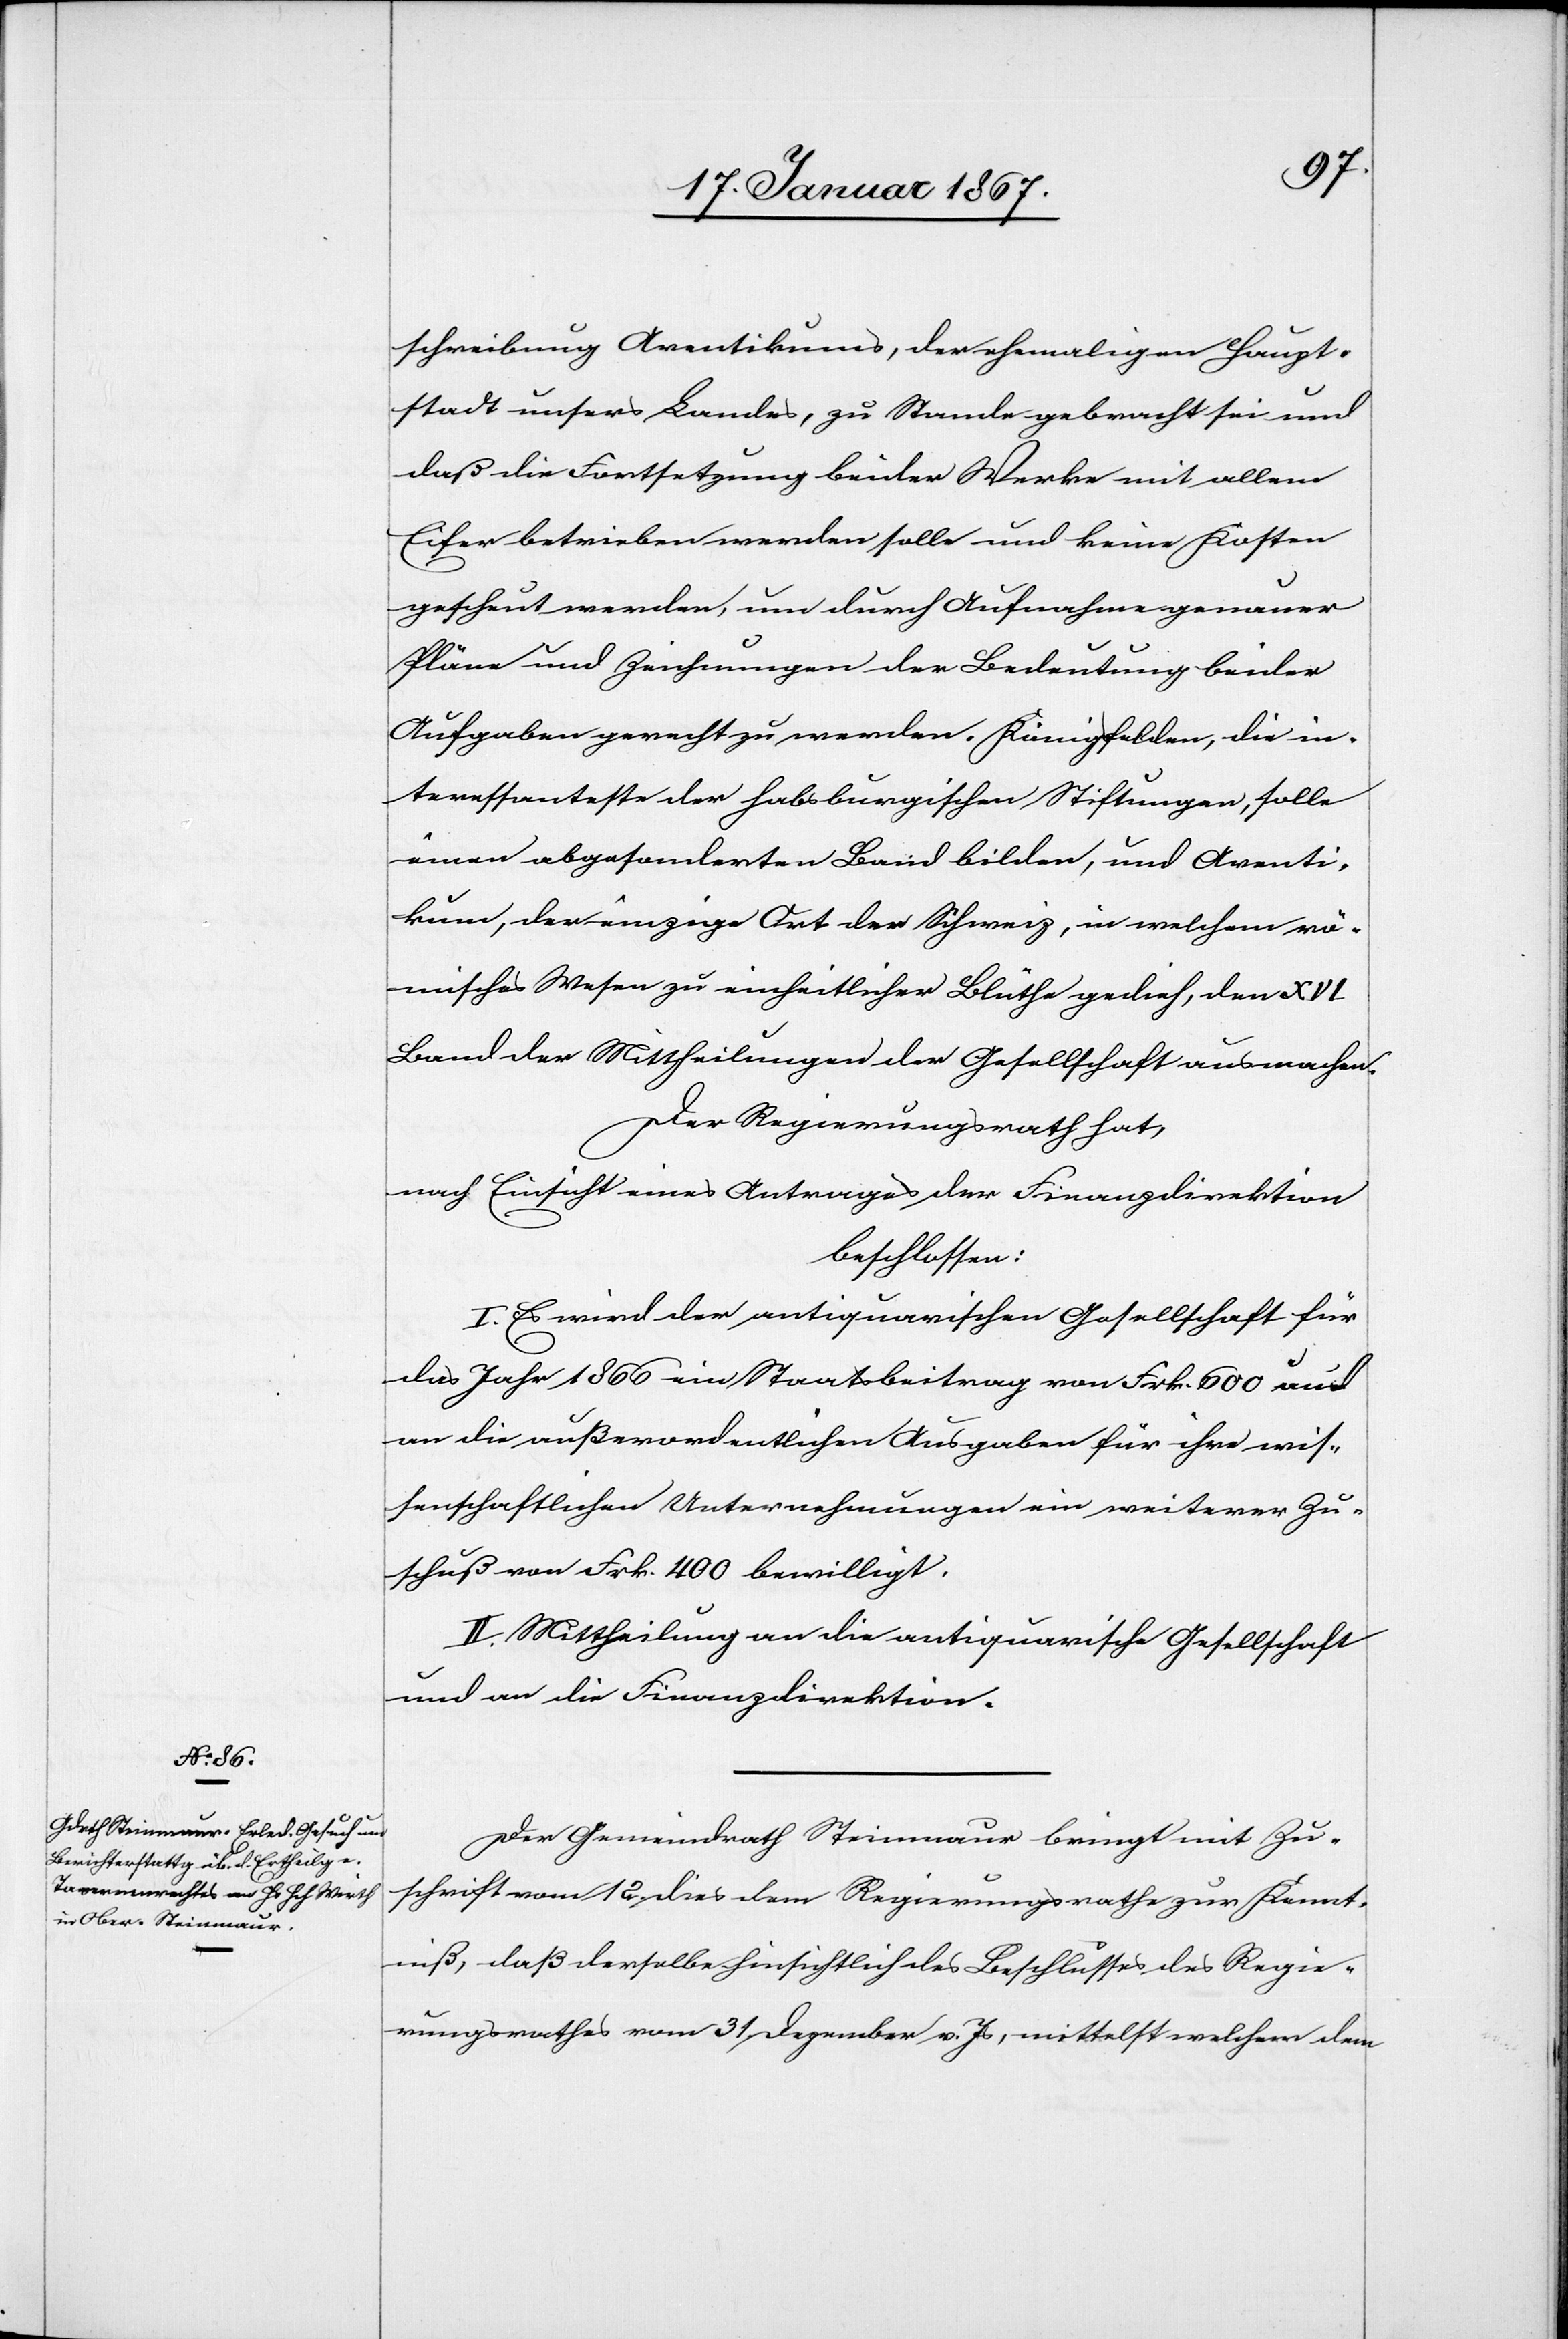
schreibung Aventikums, der ehemalgien Haupt¬
stadt unsers Landes, zu Stande gebracht sei und
daß die Fortsetzung beider Werke mit allem
Eifer betrieben werden solle und keine Kosten
gescheut werden, um durch Aufnahme genauer
Pläne und Zeichnungen der Bedeutung beider
Aufgaben gerecht zu werden. Königsfelden, die in¬
teressanteste der habsburgischen Stiftungen, solle
einen abgesonderten Band bilden, und Aventi¬
kum, der einzige Ort der Schweiz, in welchem rö¬
misches Wesen zu einheitlicher Blüthe gedieh, den XVI
Band der Mittheilungen der Gesellschaft ausmachen.
Der Regierungsrath hat,
nach Einsicht eines Antrages der Finanzdirektion
beschlossen:
I. Es wird der antiquarischen Gesellschaft für
das Jahr 1866 ein Staatsbeitrag von Frk. 600 und
an die außerordentlichen Ausgaben für ihre wis¬
senschaftlichen Unternehmungen ein weiterer Zu¬
schuß von Frk. 400 bewilligt.
II. Mittheilung an die antiquarische Gesellschaft
und an die Finanzdirektion.
Der Gemeinderath Steinmaur bringt mit Zu¬
schrift vom 12. dies dem Regierungsrathe zur Kennt¬
niß, daß derselbe hinsichtlich des Beschlusses des Regie¬
rungsrathes vom 31. Dezember v. Js, mittelst welchem dem